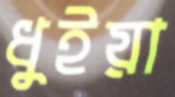
ধুইয়া